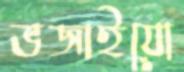
ভজাইয়ো